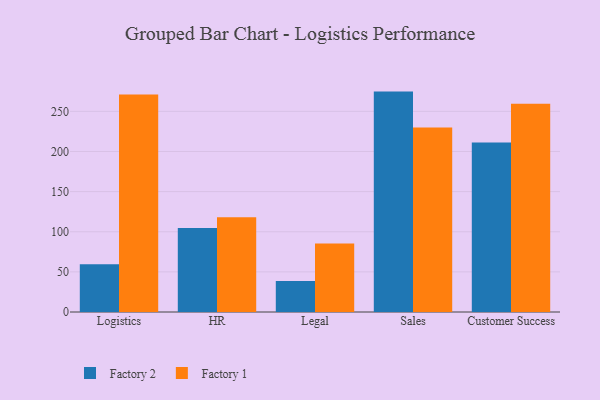
{"axis": {"x": "Department", "y": "Production Output"}, "legend": ["Factory 1", "Factory 2"], "data": [{"x": "Logistics", "y": 59.6, "type": "Factory 2"}, {"x": "Logistics", "y": 270.9, "type": "Factory 1"}, {"x": "HR", "y": 104.7, "type": "Factory 2"}, {"x": "HR", "y": 118.2, "type": "Factory 1"}, {"x": "Legal", "y": 38.5, "type": "Factory 2"}, {"x": "Legal", "y": 85.4, "type": "Factory 1"}, {"x": "Sales", "y": 274.6, "type": "Factory 2"}, {"x": "Sales", "y": 229.9, "type": "Factory 1"}, {"x": "Customer Success", "y": 211.2, "type": "Factory 2"}, {"x": "Customer Success", "y": 259.5, "type": "Factory 1"}]}